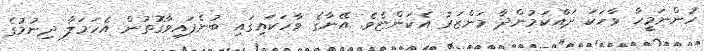
ހުންނަމީހާ ވާހަކަ ދައްކަމުންދާ މަންޒަރު އެކަންޏެވެ. އޭނާގެ ވާހަކައިގައި ބުނެފައިވާގޮތުން އެހަމަލާ ދިނުމުގެ